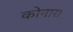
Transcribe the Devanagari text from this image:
कोनार।